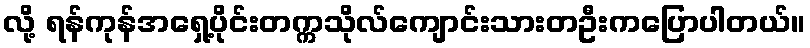
လို့ ရန်ကုန်အရှေ့ပိုင်းတက္ကသိုလ်ကျောင်းသားတဦးကပြောပါတယ်။